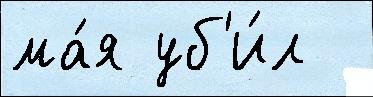
ма́я уб'и́л